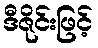
ဒီဇိုင်းဖြင့်